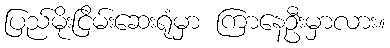
ပြည်မိုးငြိမ်းဆေးရုံမှာ ကြာနေဦးမှာလား။